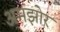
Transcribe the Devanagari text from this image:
अमझोर